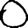
Digit: 0